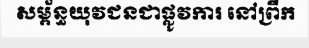
សម្ព័ន្ធយុវជនជាផ្លូវការ នៅព្រឹក